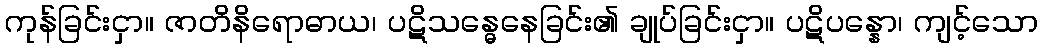
ကုန်ခြင်းငှာ။ ဇာတိနိရောဓာယ၊ ပဋိသန္ဓေနေခြင်း၏ ချုပ်ခြင်းငှာ။ ပဋိပန္နော၊ ကျင့်သော